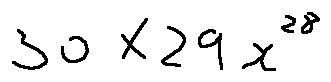
3 0 \times 2 9 x ^ { 2 8 }